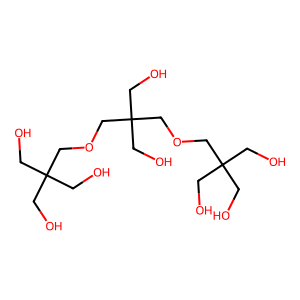
SMILES: OCC(CO)(CO)COCC(CO)(CO)COCC(CO)(CO)CO
Inhibits HIV replication: No